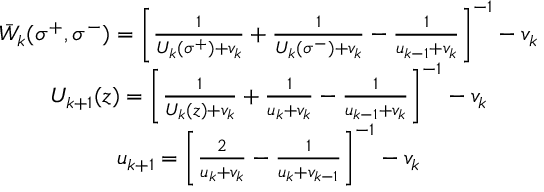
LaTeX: \begin{array} { c } { { \bar { W } _ { k } ( \sigma ^ { + } , \sigma ^ { - } ) = \left[ \frac 1 { U _ { k } ( \sigma ^ { + } ) + v _ { k } } + \frac 1 { U _ { k } ( \sigma ^ { - } ) + v _ { k } } - \frac 1 { u _ { k - 1 } + v _ { k } } \right] ^ { - 1 } - v _ { k } } } \\ { { U _ { k + 1 } ( z ) = \left[ \frac 1 { U _ { k } ( z ) + v _ { k } } + \frac 1 { u _ { k } + v _ { k } } - \frac 1 { u _ { k - 1 } + v _ { k } } \right] ^ { - 1 } - v _ { k } } } \\ { { u _ { k + 1 } = \left[ \frac 2 { u _ { k } + v _ { k } } - \frac 1 { u _ { k } + v _ { k - 1 } } \right] ^ { - 1 } - v _ { k } } } \end{array}